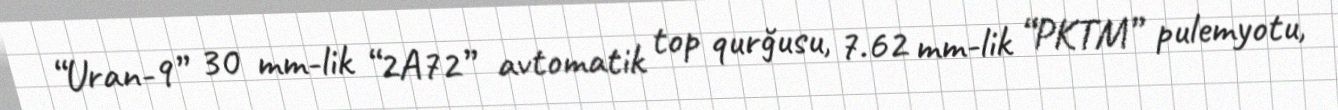
“Uran-9” 30 mm-lik “2A72” avtomatik top qurğusu, 7.62 mm-lik “PKTM” pulemyotu,